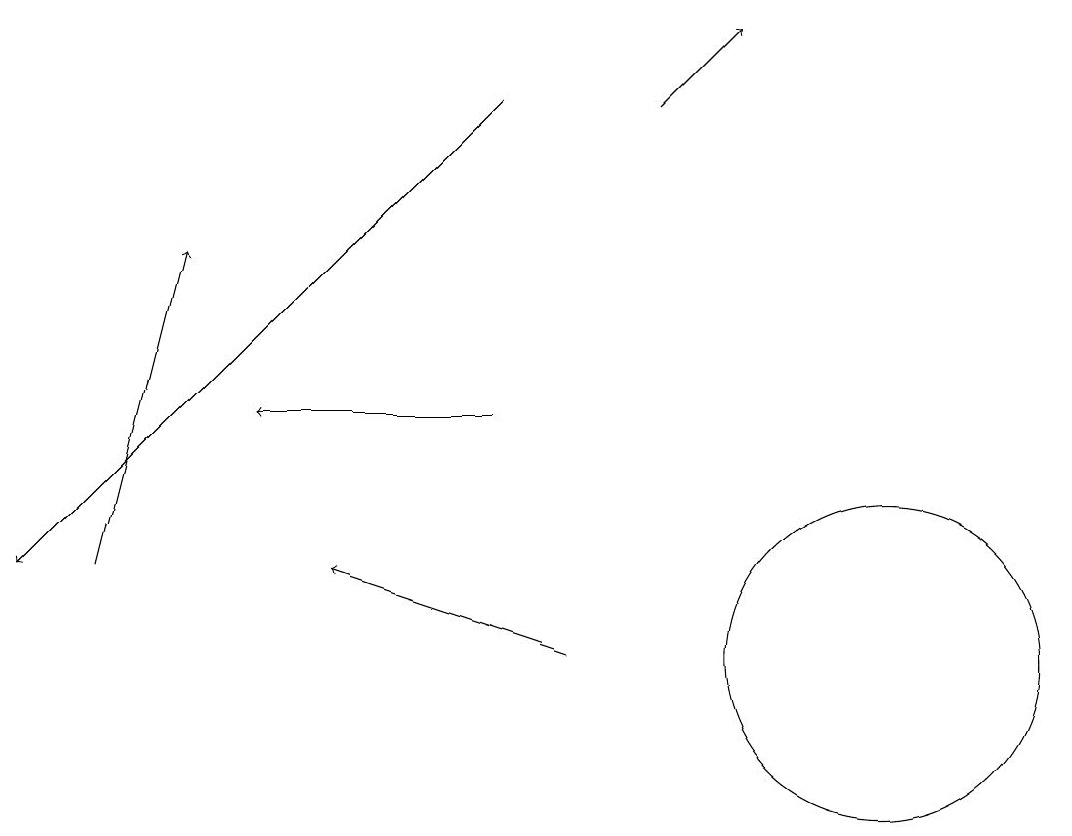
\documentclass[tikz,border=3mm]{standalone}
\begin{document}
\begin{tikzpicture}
\draw[->] (8,18) -- (9,19);
\draw[->] (6,18) -- (0,12);
\draw[->] (7,11) -- (4,12);
\draw[->] (1,12) -- (2,16);
\draw (11,11) circle (2);
\draw[->] (6,14) -- (3,14);
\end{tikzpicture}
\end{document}